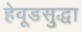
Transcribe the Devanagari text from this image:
हेवूडसुद्धा